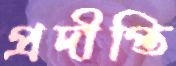
প্রদীপ্তি